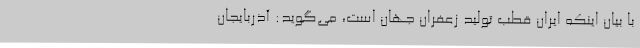
با بیان اینکه ایران قطب تولید زعفران جهان است، می‌گوید: آذربایجان